Report of the Indian Hemp Drugs Commission, 1894-1895 - Volume VI
Year: 1894
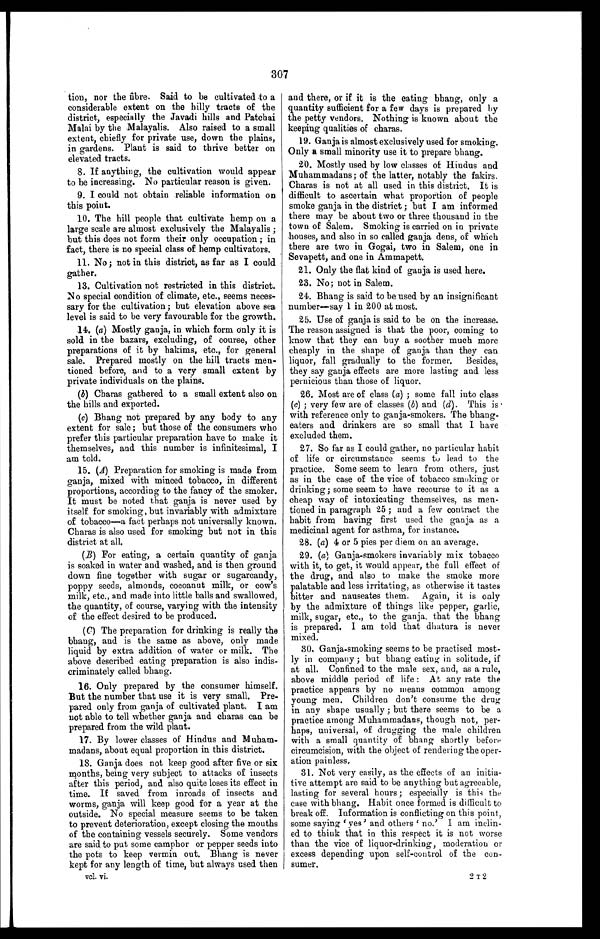
307
tion, nor the fibre. Said to be cultivated to a
considerable extent on the hilly tracts of the
district, especially the Javadi hills and Patchai
Malai by the Malayalis. Also raised to a small
extent, chiefly for private use, down the plains,
in gardens. Plant is said to thrive better on
elevated tracts.
8. If anything, the cultivation would appear
to be increasing. No particular reason is given.
9. I could not obtain reliable information on
this point.
10. The hill people that cultivate hemp on a
large scale are almost exclusively the Malayalis ;
but this does not form their only occupation ; in
fact, there is no special class of hemp cultivators.
11. No ; not in this district, as far as I could
gather.
13. Cultivation not restricted in this district.
No special condition of climate, etc., seems neces-
sary for the cultivation ; but elevation above sea
level is said to be very favourable for the growth.
14. (a) Mostly ganja, in which form only it is
sold in the bazars, excluding, of course, other
preparations of it by hakims, etc., for general
sale. Prepared mostly on the hill tracts men--
tioned before, and to a very small extent by
private individuals on the plains.
(b) Charas gathered to a small extent also on
the hills and exported.
(c) Bhang not prepared by any body to any
extent for sale ; but those of the consumers who
prefer this particular preparation have to make it
themselves, and this number is infinitesimal, I
am told.
15. (A) Preparation for smoking is made from
ganja, mixed with minced tobacco, in different
proportions, according to the fancy of the smoker.
It must be noted that ganja is never used by
itself for smoking, but invariably with admixture
of tobacco—a fact perhaps not universally known.
Charas is also used for smoking but not in this
district at all.
(B) For eating, a certain quantity of ganja
is soaked in water and washed, and is then ground
down fine together with sugar or sugarcandy,
poppy seeds, almonds, cocoanut milk, or cow's
milk, etc., and made into little balls and swallowed,
the quantity, of course, varying with the intensity
of the effect desired to be produced.
(C) The preparation for drinking is really the
bhang, and is the same as above, only made
liquid by extra addition of water or milk. The
above described eating preparation is also indis--
criminately called bhang.
16. Only prepared by the consumer himself.
But the number that use it is very small. Pre-
pared only from ganja of cultivated plant. I am
not able to tell whether ganja and charas can be
prepared from the wild plant.
17. By lower classes of Hindus and Muham-
madans, about equal proportion in this district.
18. Ganja does not keep good after five or six
months, being very subject to attacks of insects
after this period, and also quite loses its effect in
time. If saved from inroads of insects and
worms, ganja will keep good for a year at the
outside. No special measure seems to be taken
to prevent deterioration, except closing the mouths
of the containing vessels securely. Some vendors
are said to put some camphor or pepper seeds into
the pots to keep vermin out. Bhang is never
kept for any length of time, but always used then
vol. vi.
and there, or if it is the eating bhang, only a
quantity sufficient for a few days is prepared by
the petty vendors. Nothing is known about the
keeping qualities of charas.
19. Ganja is almost exclusively used for smoking.
Only a small minority use it to prepare bhang.
20. Mostly used by low classes of Hindus and
Muhammadans; of the latter, notably the fakirs.
Charas is not at all used in this district. It is
difficult to ascertain what proportion of people
smoke ganja in the district ; but I am informed
there may be about two or three thousand in the
town of Salem. Smoking is carried on in private
houses, and also in so called ganja dens, of which
there are two in Gogai, two in Salem, one in
Sevapett, and one in Ammapett.
21. Only the flat kind of ganja is used here.
23. No; not in Salem.
24. Bhang is said to be used by an insignificant
number—say 1 in 200 at most.
25. Use of ganja is said to be on the increase.
The reason assigned is that the poor, coming to
know that they can buy a soother much more
cheaply in the shape of ganja than they can
liquor, fall gradually to the former. Besides,
they say ganja effects are more lasting and less
pernicious than those of liquor.
26. Most are of class (a) ; some fall into class
(c) ; very few are of classes (b) and ( d). This is
with reference only to ganja-smokers. The bhang--
eaters and drinkers are so small that I have
excluded them.
27. So far as I could gather, no particular habit
of life or circumstance seems to lead to the
practice. Some seem to learn from others, just
as in the case of the vice of tobacco smoking or
drinking; some seem to have recourse to it as a
cheap way of intoxicating themselves, as men--
tioned in paragraph 25 ; and a few contract the
habit from having first used the ganja as a
medicinal agent for asthma, for instance.
28. (a) 4 or 5 pies per diem on an average.
29. (a) Ganja-smokers invariably mix tobacco
with it, to get, it would appear, the full effect of
the drug, and also to make the smoke more
palatable and less irritating, as otherwise it tastes
bitter and nauseates them. Again, it is only
by the admixture of things like pepper, garlic,
milk, sugar, etc., to the ganja, that the bhang
is prepared. I am told that dhatura is never
mixed.
30. Ganja-smoking seems to be practised most-
ly in company ; but bhang eating in solitude, if
at all. Confined to the male sex, and, as a rule,
above middle period of life : At any rate the
practice appears by no means common among
young men. Children don't consume the drug
in any shape usually ; but there seems to be a
practice among Muhammadans, though not, per-
haps, universal, of drugging the male children
with a small quantity of bhang shortly before
circumcision, with the object of rendering the oper--
ation painless.
31. Not very easily, as the effects of an initia-
tive attempt are said to be anything but agreeable,
lasting for several hours ; especially is this the
case with bhang. Habit once formed is difficult to
break off. Information is conflicting on this point,
some saying 'yes' and others 'no.' I am inclin--
ed to think that in this respect it is not worse
than the vice of liquor-drinking, moderation or
excess depending upon self-control of the con-
sumer.
2 T 2